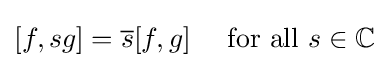
[f,sg]={\overline {s}}[f,g]\quad {\text{ for all }}s\in \mathbb {C}